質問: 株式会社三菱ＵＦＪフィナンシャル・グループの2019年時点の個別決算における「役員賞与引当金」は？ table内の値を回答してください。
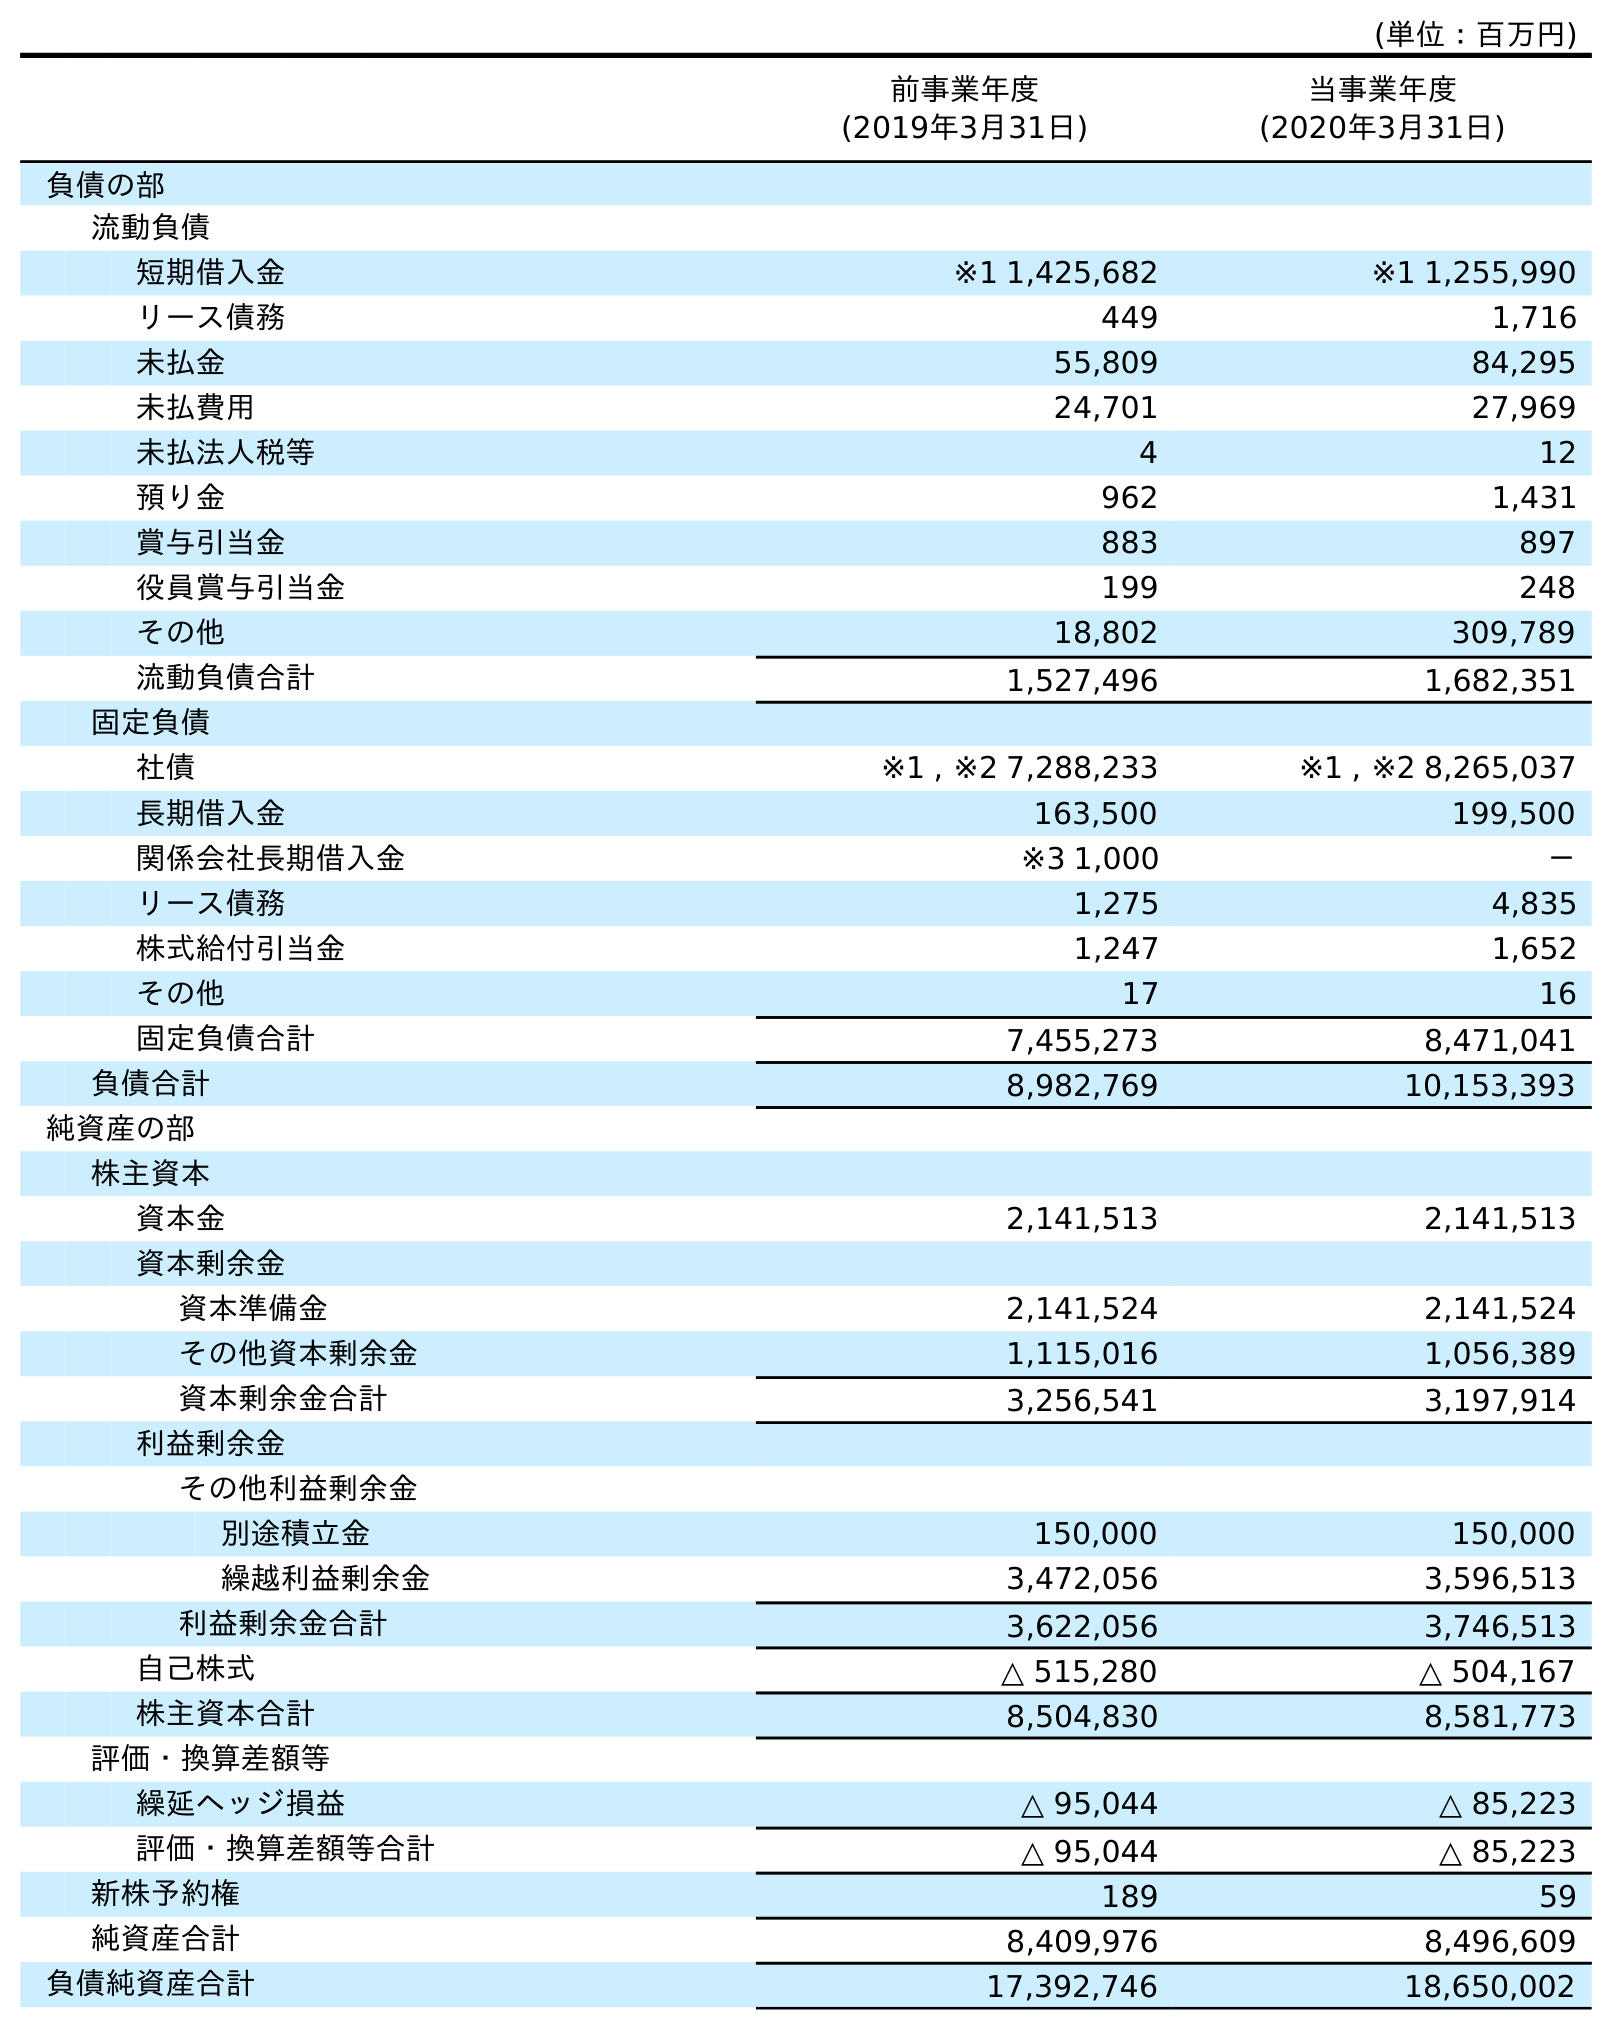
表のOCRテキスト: (単位：百万円) 前事業年度 (2019年3月31日) 当事業年度 (2020年3月31日) 負債の部 流動負債 短期借入金 ※1 1,425,682 ※1 1,255,990 リース債務 449 1,716 未払金 55,809 84,295 未払費用 24,701 27,969 未払法人税等 4 12 預り金 962 1,431 賞与引当金 883 897 役員賞与引当金 199 248 その他 18,802 309,789 流動負債合計 1,527,496 1,682,351 固定負債 社債 ※1 , ※2 7,288,233 ※1 , ※2 8,265,037 長期借入金 163,500 199,500 関係会社長期借入金 ※3 1,000 － リース債務 1,275 4,835 株式給付引当金 1,247 1,652 その他 17 16 固定負債合計 7,455,273 8,471,041 負債合計 8,982,769 10,153,393 純資産の部 株主資本 資本金 2,141,513 2,141,513 資本剰余金 資本準備金 2,141,524 2,141,524 その他資本剰余金 1,115,016 1,056,389 資本剰余金合計 3,256,541 3,197,914 利益剰余金 その他利益剰余金 別途積立金 150,000 150,000 繰越利益剰余金 3,472,056 3,596,513 利益剰余金合計 3,622,056 3,746,513 自己株式 △ 515,280 △ 504,167 株主資本合計 8,504,830 8,581,773 評価・換算差額等 繰延ヘッジ損益 △ 95,044 △ 85,223 評価・換算差額等合計 △ 95,044 △ 85,223 新株予約権 189 59 純資産合計 8,409,976 8,496,609 負債純資産合計 17,392,746 18,650,002
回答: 199